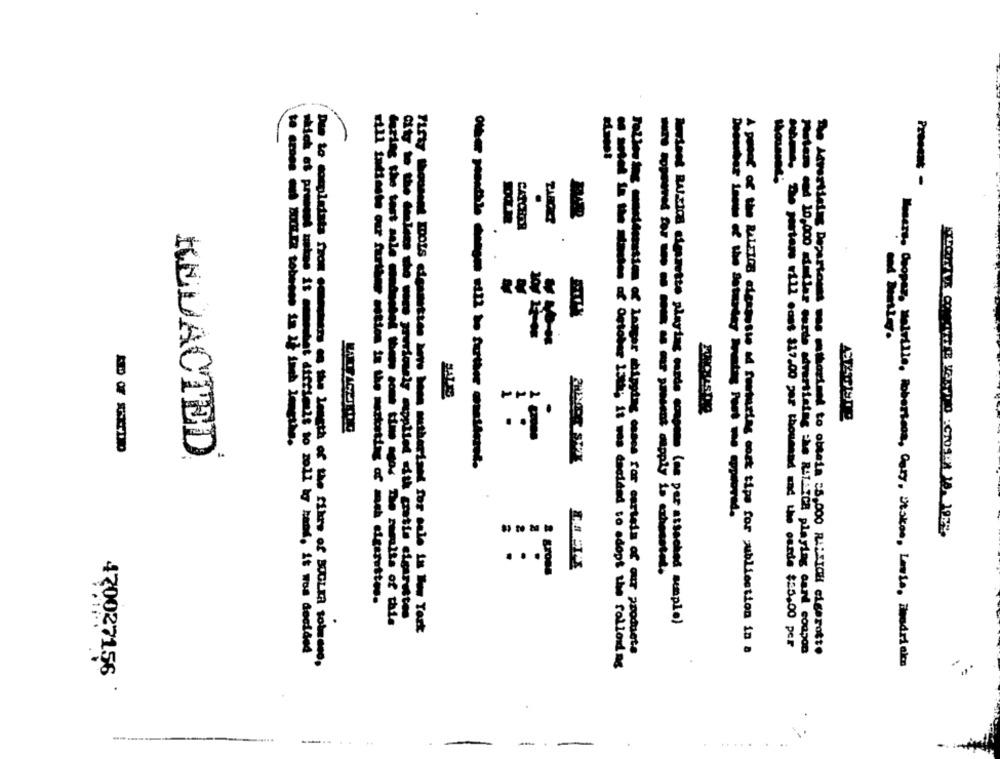
CANCHOR
.. 1
REDACTED
------------
...
rill intinsto our further setion is the marketing of mush cigarettes.
Aurions BASICS cimaette playing cards coupons (ns per attached semple)
which of present uekae it hat diffimls to zoll ky hand, it wos decided
Tolles ing meddenation of inagar shipping esses for carteis of our products
A pobof of the RalEIS elesposte ad fewturias cosk tips for publication in a
- mitan ri12 ecet $17.00 per thousand and the candle $25.00 per
Metam ced 10,000 mámiles sorte advertising che RiTATCH playing card compon
De Advertising Depertonas sos mthoriand to obtain :5,000 RA:"ICH cigarotto
Due to completata Szon consumers on the length of the fikre of SOGLIA totiene,
----- - October 15h; it was decided to adopt the following
z Selville, Robertess, Cary, Viskos, Love, imedricka
0027156
--.....